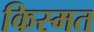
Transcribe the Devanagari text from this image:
किस्‍मत